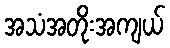
အသံအတိုးအကျယ်